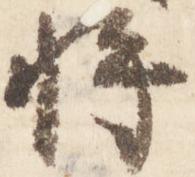
将